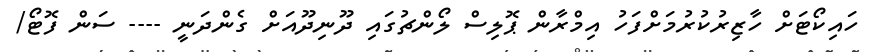
ހައިކޯޓަށް ހާޒިރުކުރުމަށްފަހު އިމްރާން ޕޮލިސް ލޯންޗުގައި ދޫނިދޫއަށް ގެންދަނީ ---- ސަން ފޮޓޯ/